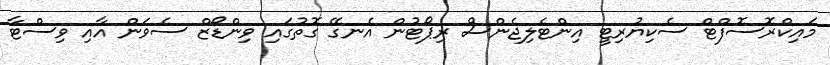
މައިކްރޮސޮފްޓް ސެކިޔުރިޓީ އިންޓެލިޖެންސް ރިޕޯޓުން އެނގޭ ގޮތުގައި ވިންޑޯޒް ސެވަން އާއި ވިސްޓާ